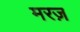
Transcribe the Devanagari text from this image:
मरज़